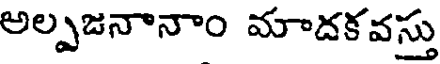
అల్పజనానాం మాదకవస్తు